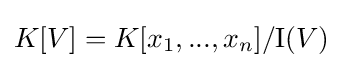
K[V]=K[x_{1},...,x_{n}]/\mathrm {I} (V)